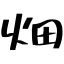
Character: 畑